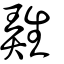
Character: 𤯩